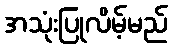
အသုံးပြုလိမ့်မည်